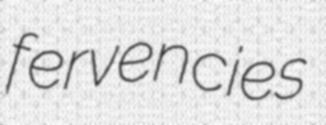
fervencies